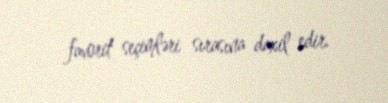
favorit seçimləri sırasına daxil edir.